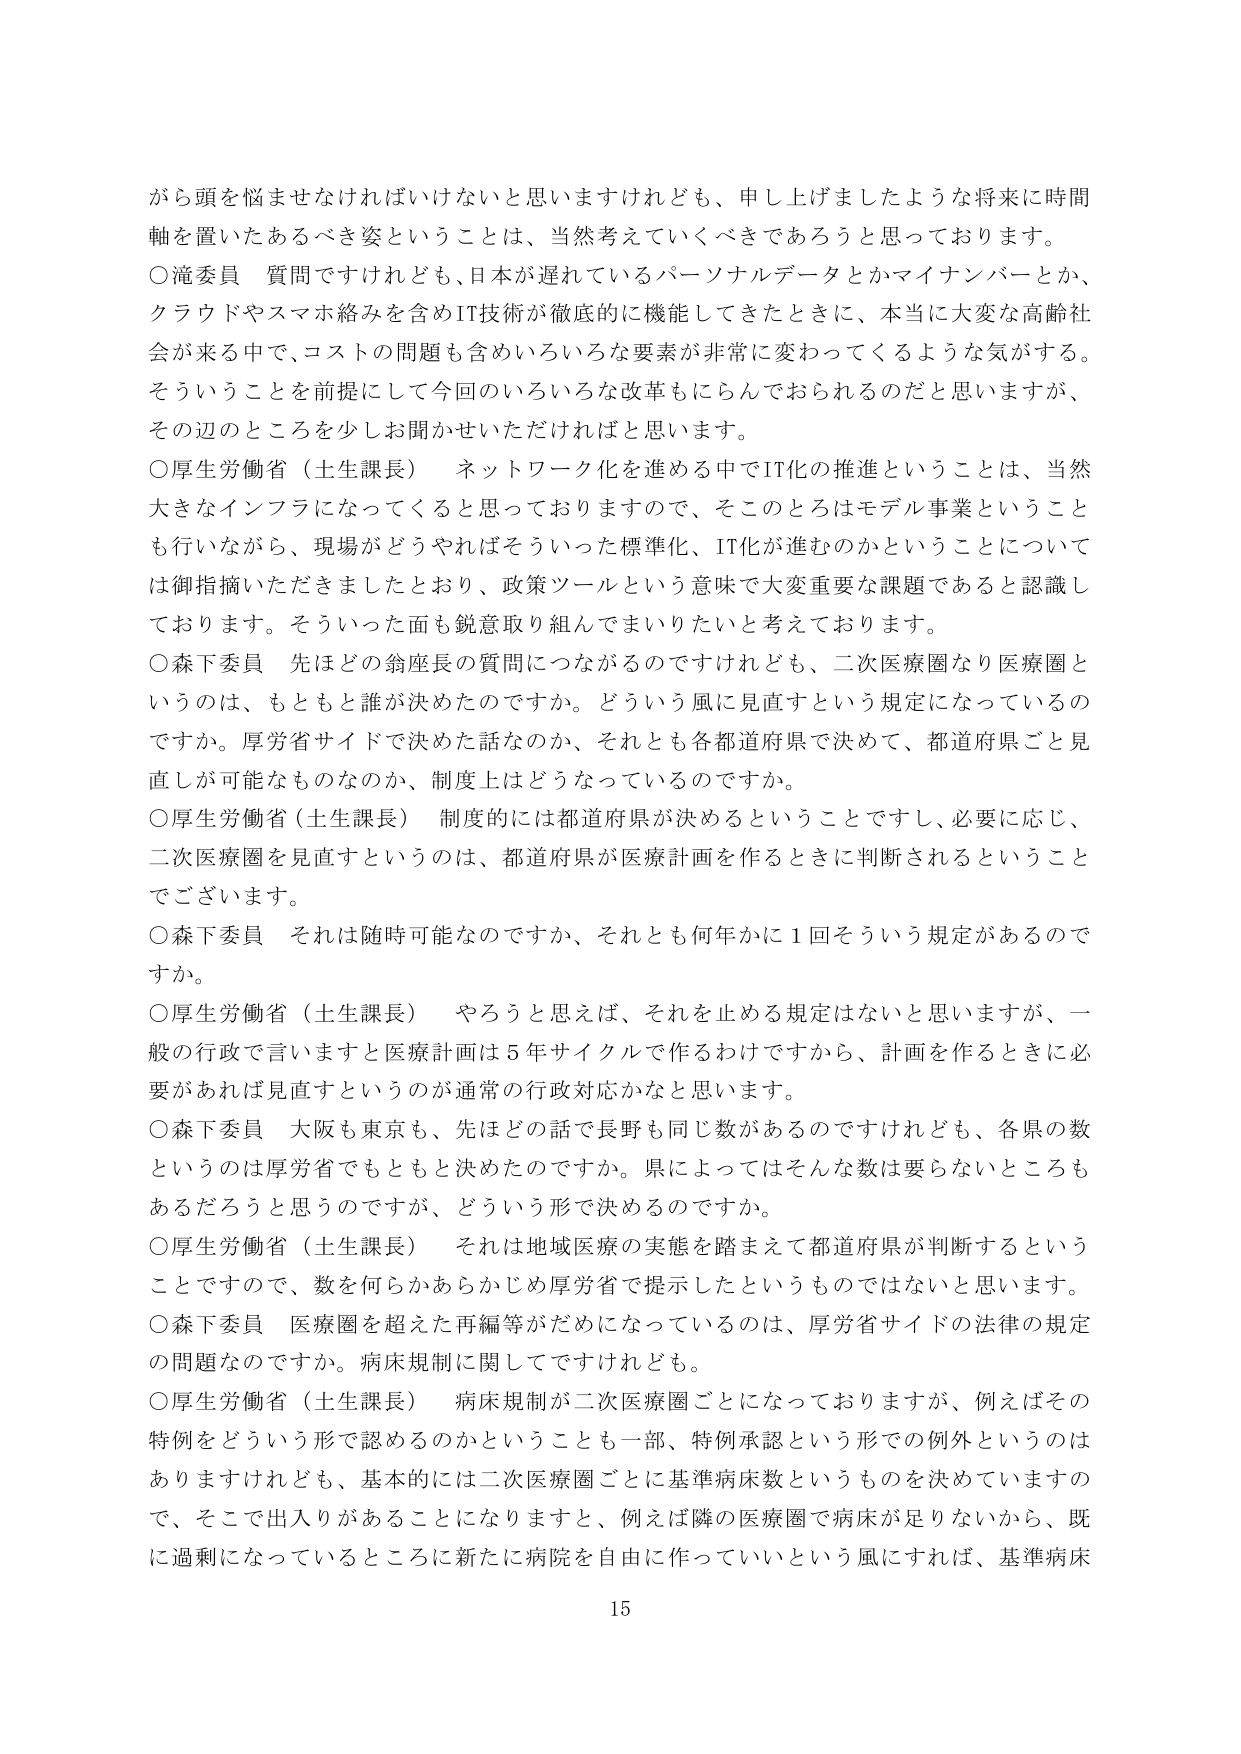
がら頭を悩ませなければならないと思いますけれども、申し上げましたような将来に時間軸を置いたあるべき姿ということは、当然考えていくべきであろうと思っております。

○滝委員 質問ですけれども、日本が遅れているパーソナルデータとかマイナンバーとか、クラウドやスマホ絡みを含めIT技術が徹底的に機能してきたときに、本当に大変な高齢社会が来る中で、コストの問題も含めいろいろな要素が非常に変わってくるような気がする。そういうことを前提にして今回のいろいろな改革もにらんでおられるのだと思いますが、その辺のところを少しお聞かせいただければと思います。

○厚生労働省（土生課長） ネットワーク化を進める中でIT化の推進ということは、当然大きなインフラになってくると思っておりますので、そこのところはモデル事業ということも行いながら、現場がどうやればそういった標準化、IT化が進むのかということについては御指摘いただきましたとおり、政策ツールという意味で大変重要な課題であると認識しております。そういった面も鋭意取り組んでまいりたいと考えております。

○森下委員 先ほどの翁座長の質問につながるのですけれども、二次医療圏なり医療圏というのは、もともと誰が決めたのですか。どういう風に見直すという規定になっているのですか。厚労省サイドで決めた話なのか、それとも各都道府県で決めて、都道府県ごと見直しが可能なものなのか、制度上はどうなっているのですか。

○厚生労働省（土生課長） 制度的には都道府県が決めるということですし、必要に応じ、二次医療圏を見直すというのは、都道府県が医療計画を作るときに判断されるということでございます。

○森下委員 それは随時可能なのですか、それとも何年かに1回そういう規定があるのですか。

○厚生労働省（土生課長） やろうと思えば、それを止める規定はないと思いますが、一般の行政で言いますと医療計画は5年サイクルで作るわけですから、計画を作るときに必要があれば見直すというのが通常の行政対応かなと思います。

○森下委員 大阪も東京も、先ほどの話で長野も同じ数があるのですけれども、各県の数というのは厚労省でもともと決めたのですか。県によってはそんな数は要らないところもあるだろうと思うのですが、どういう形で決めるのですか。

○厚生労働省（土生課長） それは地域医療の実態を踏まえて都道府県が判断するということですので、数を何らかあらかじめ厚労省で提示したというものではないと思います。

○森下委員 医療圏を超えた再編等がだめになっているのは、厚労省サイドの法律の規定の問題なのですか。病床規制に関してですけれども。

○厚生労働省（土生課長） 病床規制が二次医療圏ごとになっておりますが、例えばその特例をどういう形で認めるのかということも一部、特例承認という形での例外というのはありますけれども、基本的には二次医療圏ごとに基準病床数というものを決めていますので、そこで出入りがあることになりますと、例えば隣の医療圏で病床が足りないから、既に過剰になっているところに新たに病院を自由に作っていいという風にすれば、基準病床

15